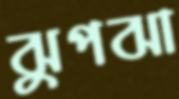
ঝুপঝা